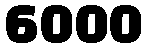
6000